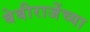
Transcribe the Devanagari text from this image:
बेबीराजेंच्या